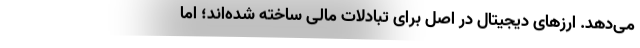
می‌دهد. ارزهای دیجیتال در اصل برای تبادلات مالی ساخته شده‌اند؛ اما